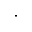
\cdot